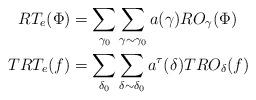
LaTeX: \begin{align*} RT_e(\Phi)&=\sum_{\gamma_0} \sum_{\gamma \sim \gamma_0} a(\gamma)RO_{\gamma}(\Phi)\\ TRT_e(f)&=\sum_{\delta_0} \sum_{\delta \sim \delta_0}a^{\tau}(\delta)TRO_{\delta}(f)\end{align*}